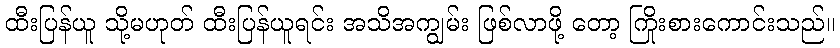
ထီးပြန်ယူ သို့မဟုတ် ထီးပြန်ယူရင်း အသိအကျွမ်း ဖြစ်လာဖို့ တော့ ကြိုးစားကောင်းသည်။